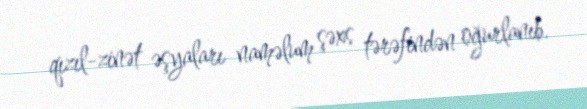
qızıl-zinət əşyaları naməlum şəxs tərəfindən oğurlanıb.